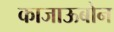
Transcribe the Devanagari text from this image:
काजाऊबोन